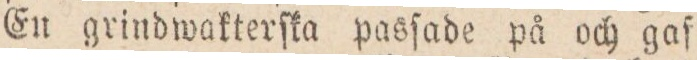
En grindwakterſka pasſade på och gaf